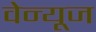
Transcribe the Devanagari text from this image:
वेन्यूज